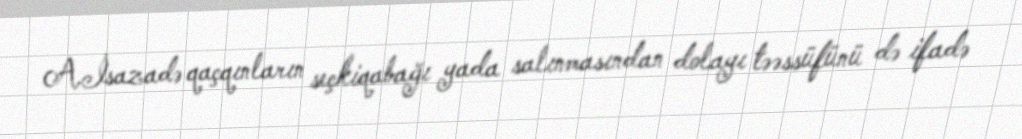
A.İsazadə qaçqınların seçkiqabağı yada salınmasından dolayı təəssüfünü də ifadə